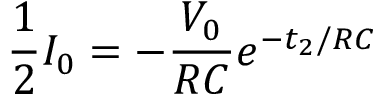
\frac { 1 } { 2 } I _ { 0 } = - \frac { V _ { 0 } } { R C } e ^ { - t _ { 2 } / R C }